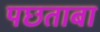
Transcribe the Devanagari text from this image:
पछताबा